Vaccination North-Western Provinces and Oudh 1896-1901 - 1896-1901
Year: 1896
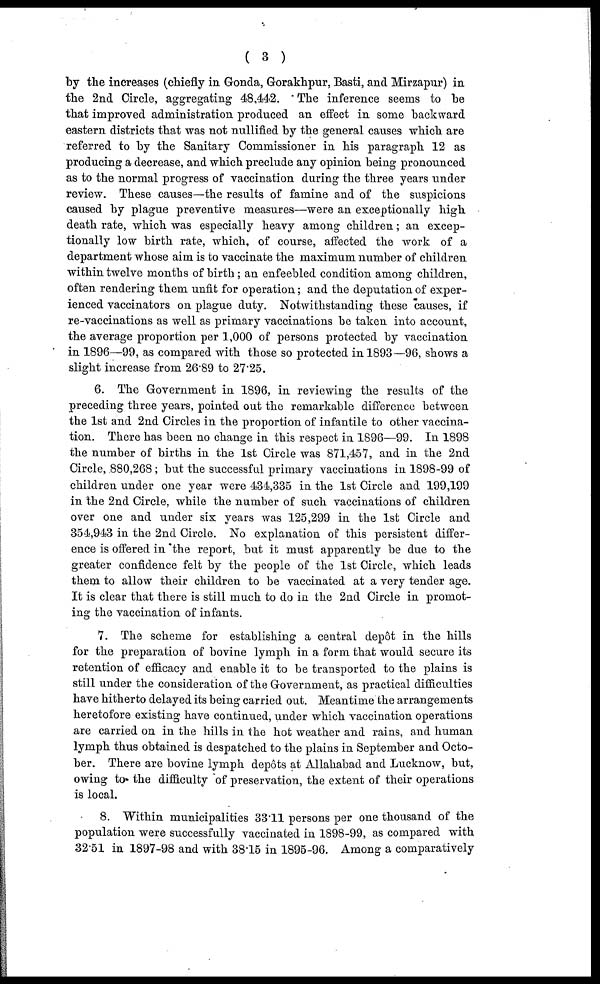
( 3 )
by the increases (chiefly in Gonda, Gorakhpur, Basti, and Mirzapur) in
the 2nd Circle, aggregating 48,442. The inference seems to be
that improved administration produced an effect in some backward
eastern districts that was not nullified by the general causes which are
referred to by the Sanitary Commissioner in his paragraph 12 as
producing a decrease, and which preclude any opinion being pronounced
as to the normal progress of vaccination during the three years under
review. These causes—the results of famine and of the suspicions
caused by plague preventive measures—were an exceptionally high
death rate, which was especially heavy among children; an excep-
tionally low birth rate, which, of course, affected the work of a
department whose aim is to vaccinate the maximum number of children
within twelve months of birth; an enfeebled condition among children,
often rendering them unfit for operation; and the deputation of exper-
ienced vaccinators on plague duty. Notwithstanding these causes, if
re-vaccinations as well as primary vaccinations be taken into account,
the average proportion per 1,000 of persons protected by vaccination
in 1896—99, as compared with those so protected in 1893—96, shows a
slight increase from 26.89 to 27.25.
6. The Government in 1896, in reviewing the results of the
preceding three years, pointed out the remarkable difference between
the 1st and 2nd Circles in the proportion of infantile to other vaccina-
tion. There has been no change in this respect in 1896—99. In 1898
the number of births in the 1st Circle was 871,457, and in the 2nd
Circle, 880,268 ; but the successful primary vaccinations in 1898-99 of
children under one year were 434,335 in the 1st Circle and 199,199
in the 2nd Circle, while the number of such vaccinations of children
over one and under six years was 125,299 in the 1st Circle and
354,943 in the 2nd Circle. No explanation of this persistent differ-
ence is offered in the report, but it must apparently be due to the
greater confidence felt by the people of the 1st Circle, which leads
them to allow their children to be vaccinated at a very tender age.
It is clear that there is still much to do in the 2nd Circle in promot-
ing the vaccination of infants.
7. The scheme for establishing a central depôt in the hills
for the preparation of bovine lymph in a form that would secure its
retention of efficacy and enable it to be transported to the plains is
still under the consideration of the Government, as practical difficulties
have hitherto delayed its being carried out. Meantime the arrangements
heretofore existing have continued, under which vaccination operations
are carried on in the hills in the hot weather and rains, and human
lymph thus obtained is despatched to the plains in September and Octo-
ber. There are bovine lymph depôts at Allahabad and Lucknow, but,
owing to the difficulty of preservation, the extent of their operations
is local.
8. Within municipalities 33.11 persons per one thousand of the
population were successfully vaccinated in 1898-99, as compared with
32.51 in 1897-98 and with 38.15 in 1895-96. Among a comparatively